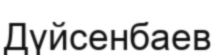
Дүйсенбаев